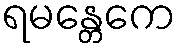
ရမန္တေကေ